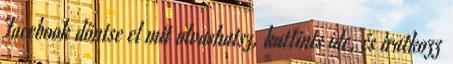
Facebook döntse el mit olvashatsz, kattints ide, és iratkozz